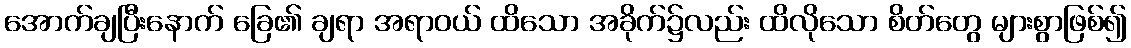
အောက်ချပြီးနောက် ခြေ၏ ချရာ အရာဝယ် ထိသော အခိုက်၌လည်း ထိလိုသော စိတ်တွေ များစွာဖြစ်၍